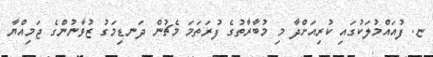
ޏ. ފުއައްމުލަކުގައި ކުރިއަށްދާ މި މުބާރާތުގެ ފުރަތަމަ މެޗުން ދަނޑިމަގު ޒުވާނުންގެ ޖަމިއްޔާ